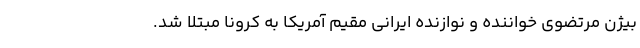
بیژن مرتضوی خواننده و نوازنده ایرانی مقیم آمریکا به کرونا مبتلا شد.